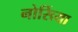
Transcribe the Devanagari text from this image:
नोर्सिया